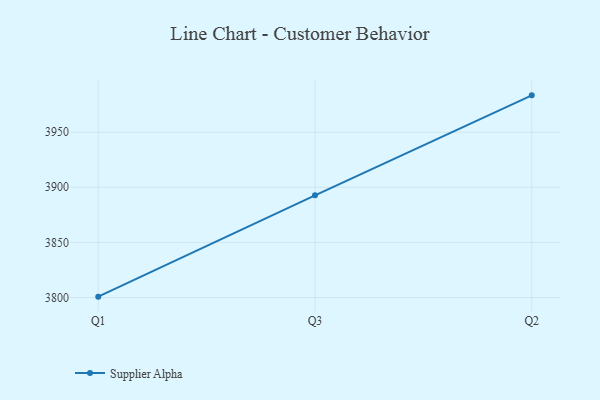
{"axis": {"x": "Quarter", "y": "Population (Million)"}, "legend": ["Supplier Alpha"], "data": [{"x": "Q1", "y": 3800.8, "type": "Supplier Alpha"}, {"x": "Q3", "y": 3892.7, "type": "Supplier Alpha"}, {"x": "Q2", "y": 3983.4, "type": "Supplier Alpha"}]}